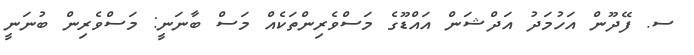
ސ. ފޭދޫން އަހުމަދު އަދްޝަން އައްޑޫގެ މަސްވެރިންތަކެއް މަސް ބާނަނީ: މަސްވެރިން ބުނަނީ